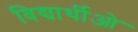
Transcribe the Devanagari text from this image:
विद्यार्थीओ